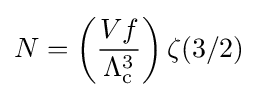
N=\left({\frac {Vf}{\Lambda _{\rm {c}}^{3}}}\right)\zeta (3/2)